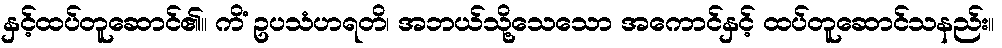
နှင့်ထပ်တူဆောင်၏။ ကိံ ဥပသံဟရတိ၊ အဘယ်သို့သေသော အကောင်နှင့် ထပ်တူဆောင်သနည်း။